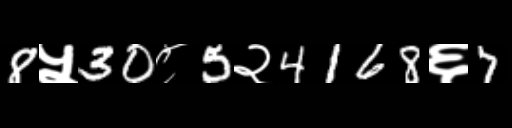
Text: 8५30८5२4168६7